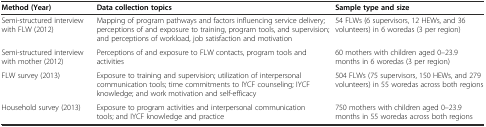
| Method (Year) | Data collection topics | Sample type and size |
 | --- | --- | --- |
 | Semi-structured interview with FLW (2012) | Mapping of program pathways and factors influencing service delivery; perceptions of and exposure to training, program tools, and supervision; and perceptions of workload, job satisfaction and motivation | 54 FLWs (6 supervisors, 12 HEWs, and 36 volunteers) in 6 woredas (3 per region) |
 | Semi-structured interview with mother (2012) | Perceptions of and exposure to FLW contacts, program tools and activities | 60 mothers with children aged 0–23.9 months in 6 woredas (3 per region) |
 | FLW survey (2013) | Exposure to training and supervision; utilization of interpersonal communication tools; time commitments to IYCF counseling; IYCF knowledge; and work motivation and self-efficacy | 504 FLWs (75 supervisors, 150 HEWs, and 279 volunteers) in 55 woredas across both regions |
 | Household survey (2013) | Exposure to program activities and interpersonal communication tools; and IYCF knowledge and practice | 750 mothers with children aged 0–23.9 months in 55 woredas across both regions |